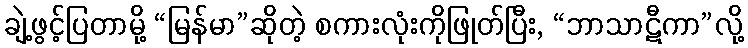
ချဲ့ဖွင့်ပြတာမို့ “မြန်မာ”ဆိုတဲ့ စကားလုံးကိုဖြုတ်ပြီး, “ဘာသာဋီကာ”လို့